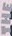
THE